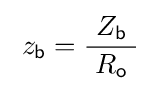
\;z_{\mathsf {b}}={\frac {\ Z_{\mathsf {b}}\ }{R_{\mathsf {o}}}}\;